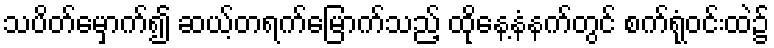
သပိတ်မှောက်၍ ဆယ့်တရက်မြောက်သည့် ထိုနေ့နံနက်တွင် စက်ရုံဝင်းထဲ၌